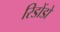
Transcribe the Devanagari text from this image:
रिडोंडो